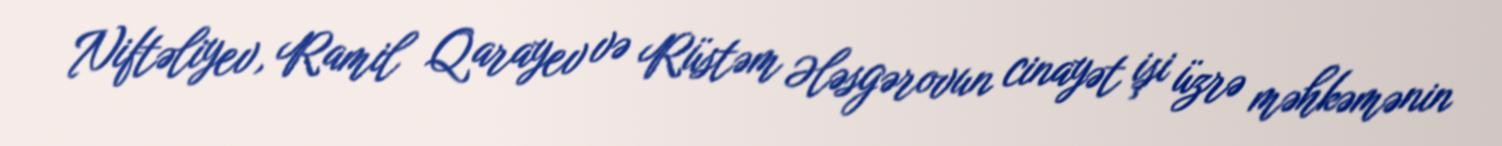
Niftəliyev, Ramil Qarayev və Rüstəm Ələsgərovun cinayət işi üzrə məhkəmənin